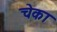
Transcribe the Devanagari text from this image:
चेका